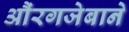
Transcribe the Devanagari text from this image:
औंरगजेबाने